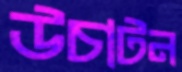
উচাটন